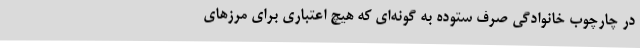
در چارچوب خانوادگی صرف ستوده به گونه‌ای که هیچ اعتباری برای مرزهای